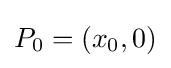
P_{0}=(x_{0},0)